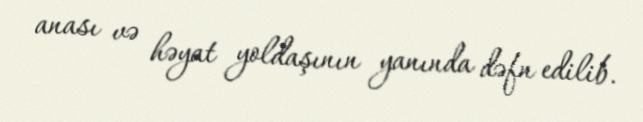
anası və həyat yoldaşının yanında dəfn edilib.